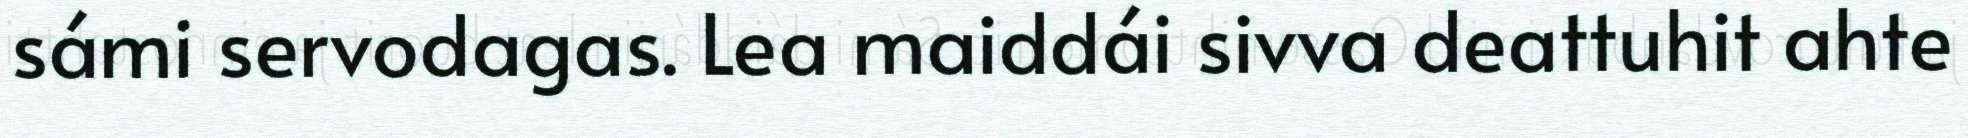
sámi servodagas. Lea maiddái sivva deattuhit ahte